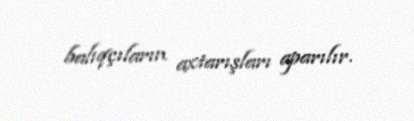
balıqçıların axtarışları aparılır.